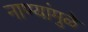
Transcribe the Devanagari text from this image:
नाण्यांमुळे